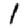
Digit: 1